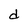
Character: d